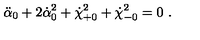
\ddot { \alpha } _ { 0 } + 2 \dot { \alpha } _ { 0 } ^ { 2 } + \dot { \chi } _ { + 0 } ^ { 2 } + \dot { \chi } _ { - 0 } ^ { 2 } = 0 \ .